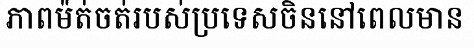
ភាពម៉ត់ចត់របស់ប្រទេសចិននៅពេលមាន